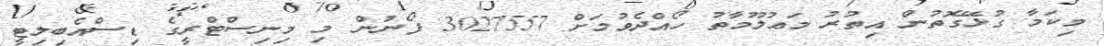
މިކަމާ ގުޅޭގޮތުން އިތުރު މަޢުލޫމާތު ހޯއްދެވުމަށް 3027557 ފޯނުން މި މިނިސްޓްރީގެ ޑިސްއެބިލިޓީ